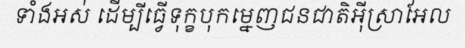
ទាំងអស់ ដើម្បីធ្វើទុក្ខបុកម្នេញជនជាតិអ៊ីស្រាអែល